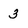
Character: 3